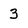
Character: 3